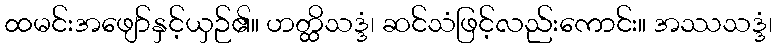
ထမင်းအဖျော်နှင့်ယှဉ်၏။ ဟတ္ထိသဒ္ဒံ၊ ဆင်သံဖြင့်လည်းကောင်း။ အဿသဒ္ဒံ၊